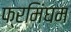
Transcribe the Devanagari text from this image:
फ्रमिंघम